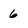
Character: 6